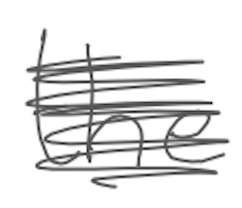
Text: the
Cross-out: scratch
Writing tool: digital_gray